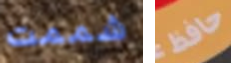
شممت حافظ